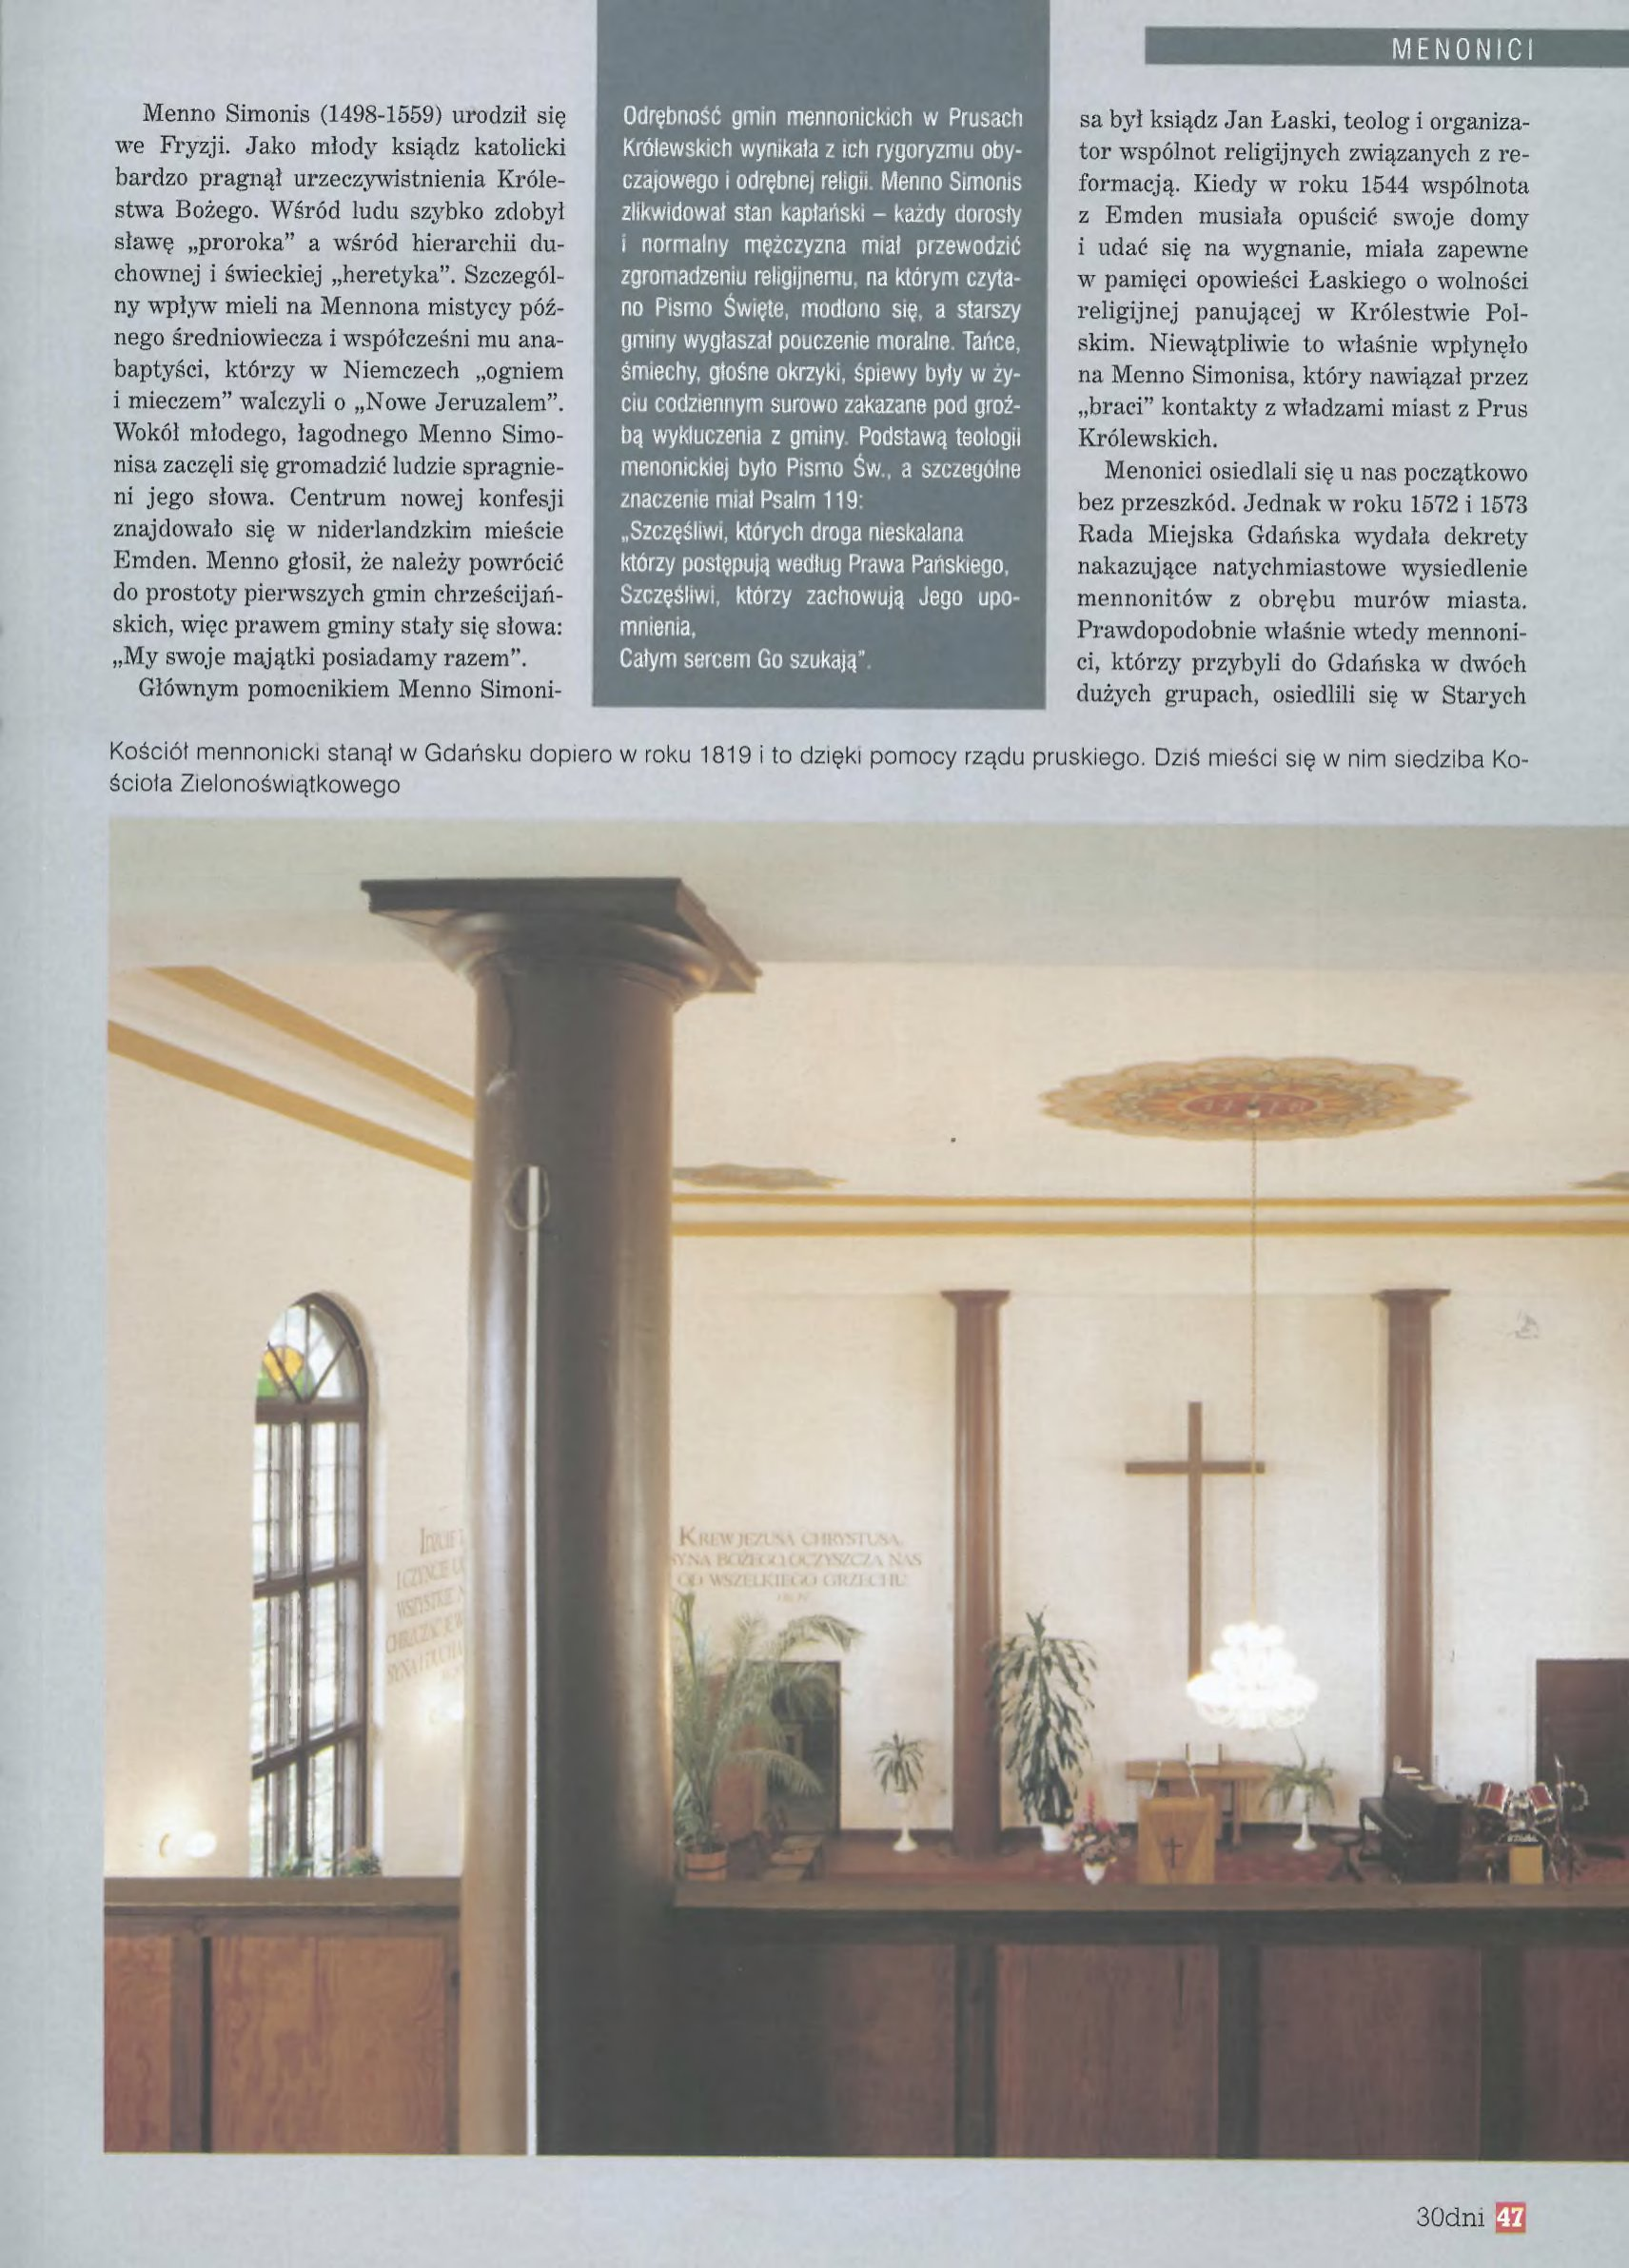
Language: pl